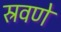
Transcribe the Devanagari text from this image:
स्रवणे